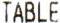
TABLE